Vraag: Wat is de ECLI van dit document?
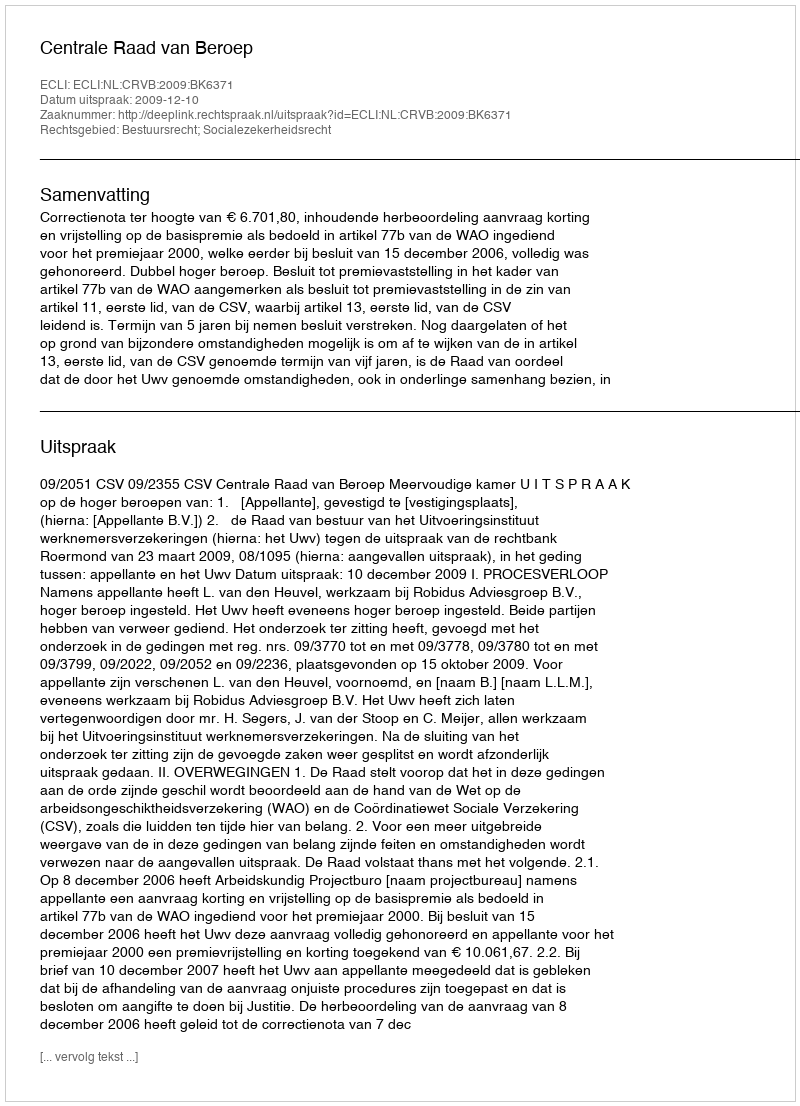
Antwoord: ECLI:NL:CRVB:2009:BK6371